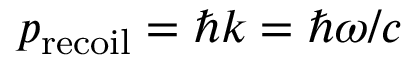
p _ { \mathrm { r e c o i l } } = \hbar k = \hbar \omega / c